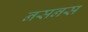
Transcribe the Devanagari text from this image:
नसनस